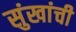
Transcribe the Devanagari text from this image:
सुंखांची